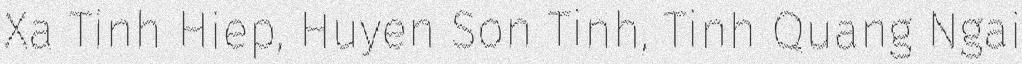
Xa Tinh Hiep, Huyen Son Tinh, Tinh Quang Ngai